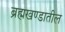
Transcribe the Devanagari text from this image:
ब्रह्मखण्डातील